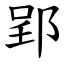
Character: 郢